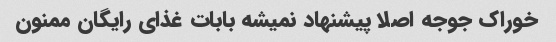
خوراک جوجه اصلا پیشنهاد نمیشه بابات غذای رایگان ممنون